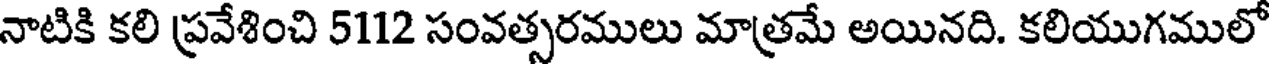
నాటికి కలి ప్రవేశించి 5112 సంవత్సరములు మాత్రమే అయినది. కలియుగములో